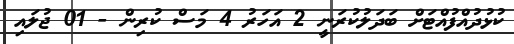
ކުޅުދުއްފުއްޓަށް ބަދަލުކުރަނީ 2 އަހަރު 4 މަސް ކުރިން - 01 ޖުލައި